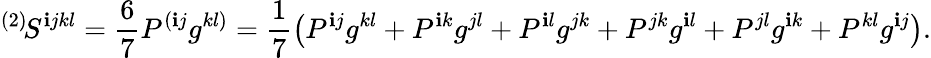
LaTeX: {}^{(2)}\! S^{\mathbf{i}jkl}=\frac{6}{7}P^{(\mathbf{i}j}g^{kl)}=\frac{1}{7}\left(P^{\mathbf{i}j}g^{kl}+P^{\mathbf{i}k}g^{jl}+P^{\mathbf{i}l}g^{jk}+P^{jk}g^{\mathbf{i}l}+P^{jl}g^{\mathbf{i}k}+P^{kl}g^{\mathbf{i}j}\right).